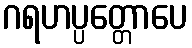
ဂရဟပ္ပတ္တောပေ